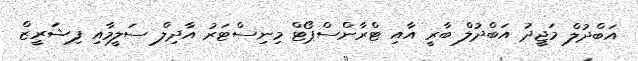
އަބްދުލް މަޖީދު އަބްދުލް ބާރީ އާއި ޓްރާންސްޕޯޓް މިނިސްޓަރު އާދިލް ސަލީމާއި ފިޝަރީޒް